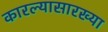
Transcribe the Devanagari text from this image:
कारल्यासारख्या